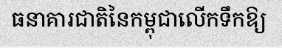
ធនាគារជាតិនៃកម្ពុជាលើកទឹកឱ្យ